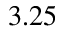
3 . 2 5